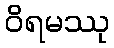
ဝိရမဿု